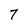
Character: 7